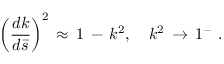
\left( \frac { d k } { d \bar { s } } \right) ^ { 2 } \, \approx \, 1 \, - \, k ^ { 2 } , \quad k ^ { 2 } \, \to \, 1 ^ { - } \, \, { . }